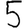
Digit: 5